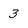
Character: 3